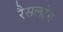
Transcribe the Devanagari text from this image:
रैसलहेग